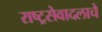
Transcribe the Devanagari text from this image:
राष्ट्रसेवादलाचे